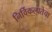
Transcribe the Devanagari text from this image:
निर्विकल्पतेचा